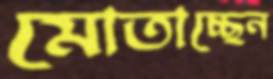
মোতাচ্ছেন